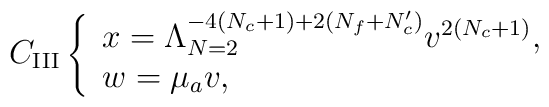
C_{{\rm III}}\left\{            \begin{array}{l}              x=\Lambda_{N=2}^{-4(N_c+1)+2(N_f+N_c')}v^{2(N_c+1)}, \\              w=\mu_a v,            \end{array} \right.